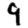
Digit: 9